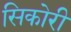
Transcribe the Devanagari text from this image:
सिकोरी